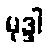
မုဒ္ဒါ